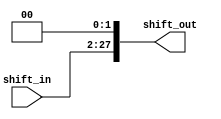
`timescale 1ns/1ns

module Shift_left_2(
    input [25:0]shift_in,
    output [27:0]shift_out
);

assign shift_out = {shift_in,2'b00};

endmodule